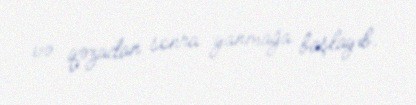
və qəzadan sonra yanmağa başlayıb.